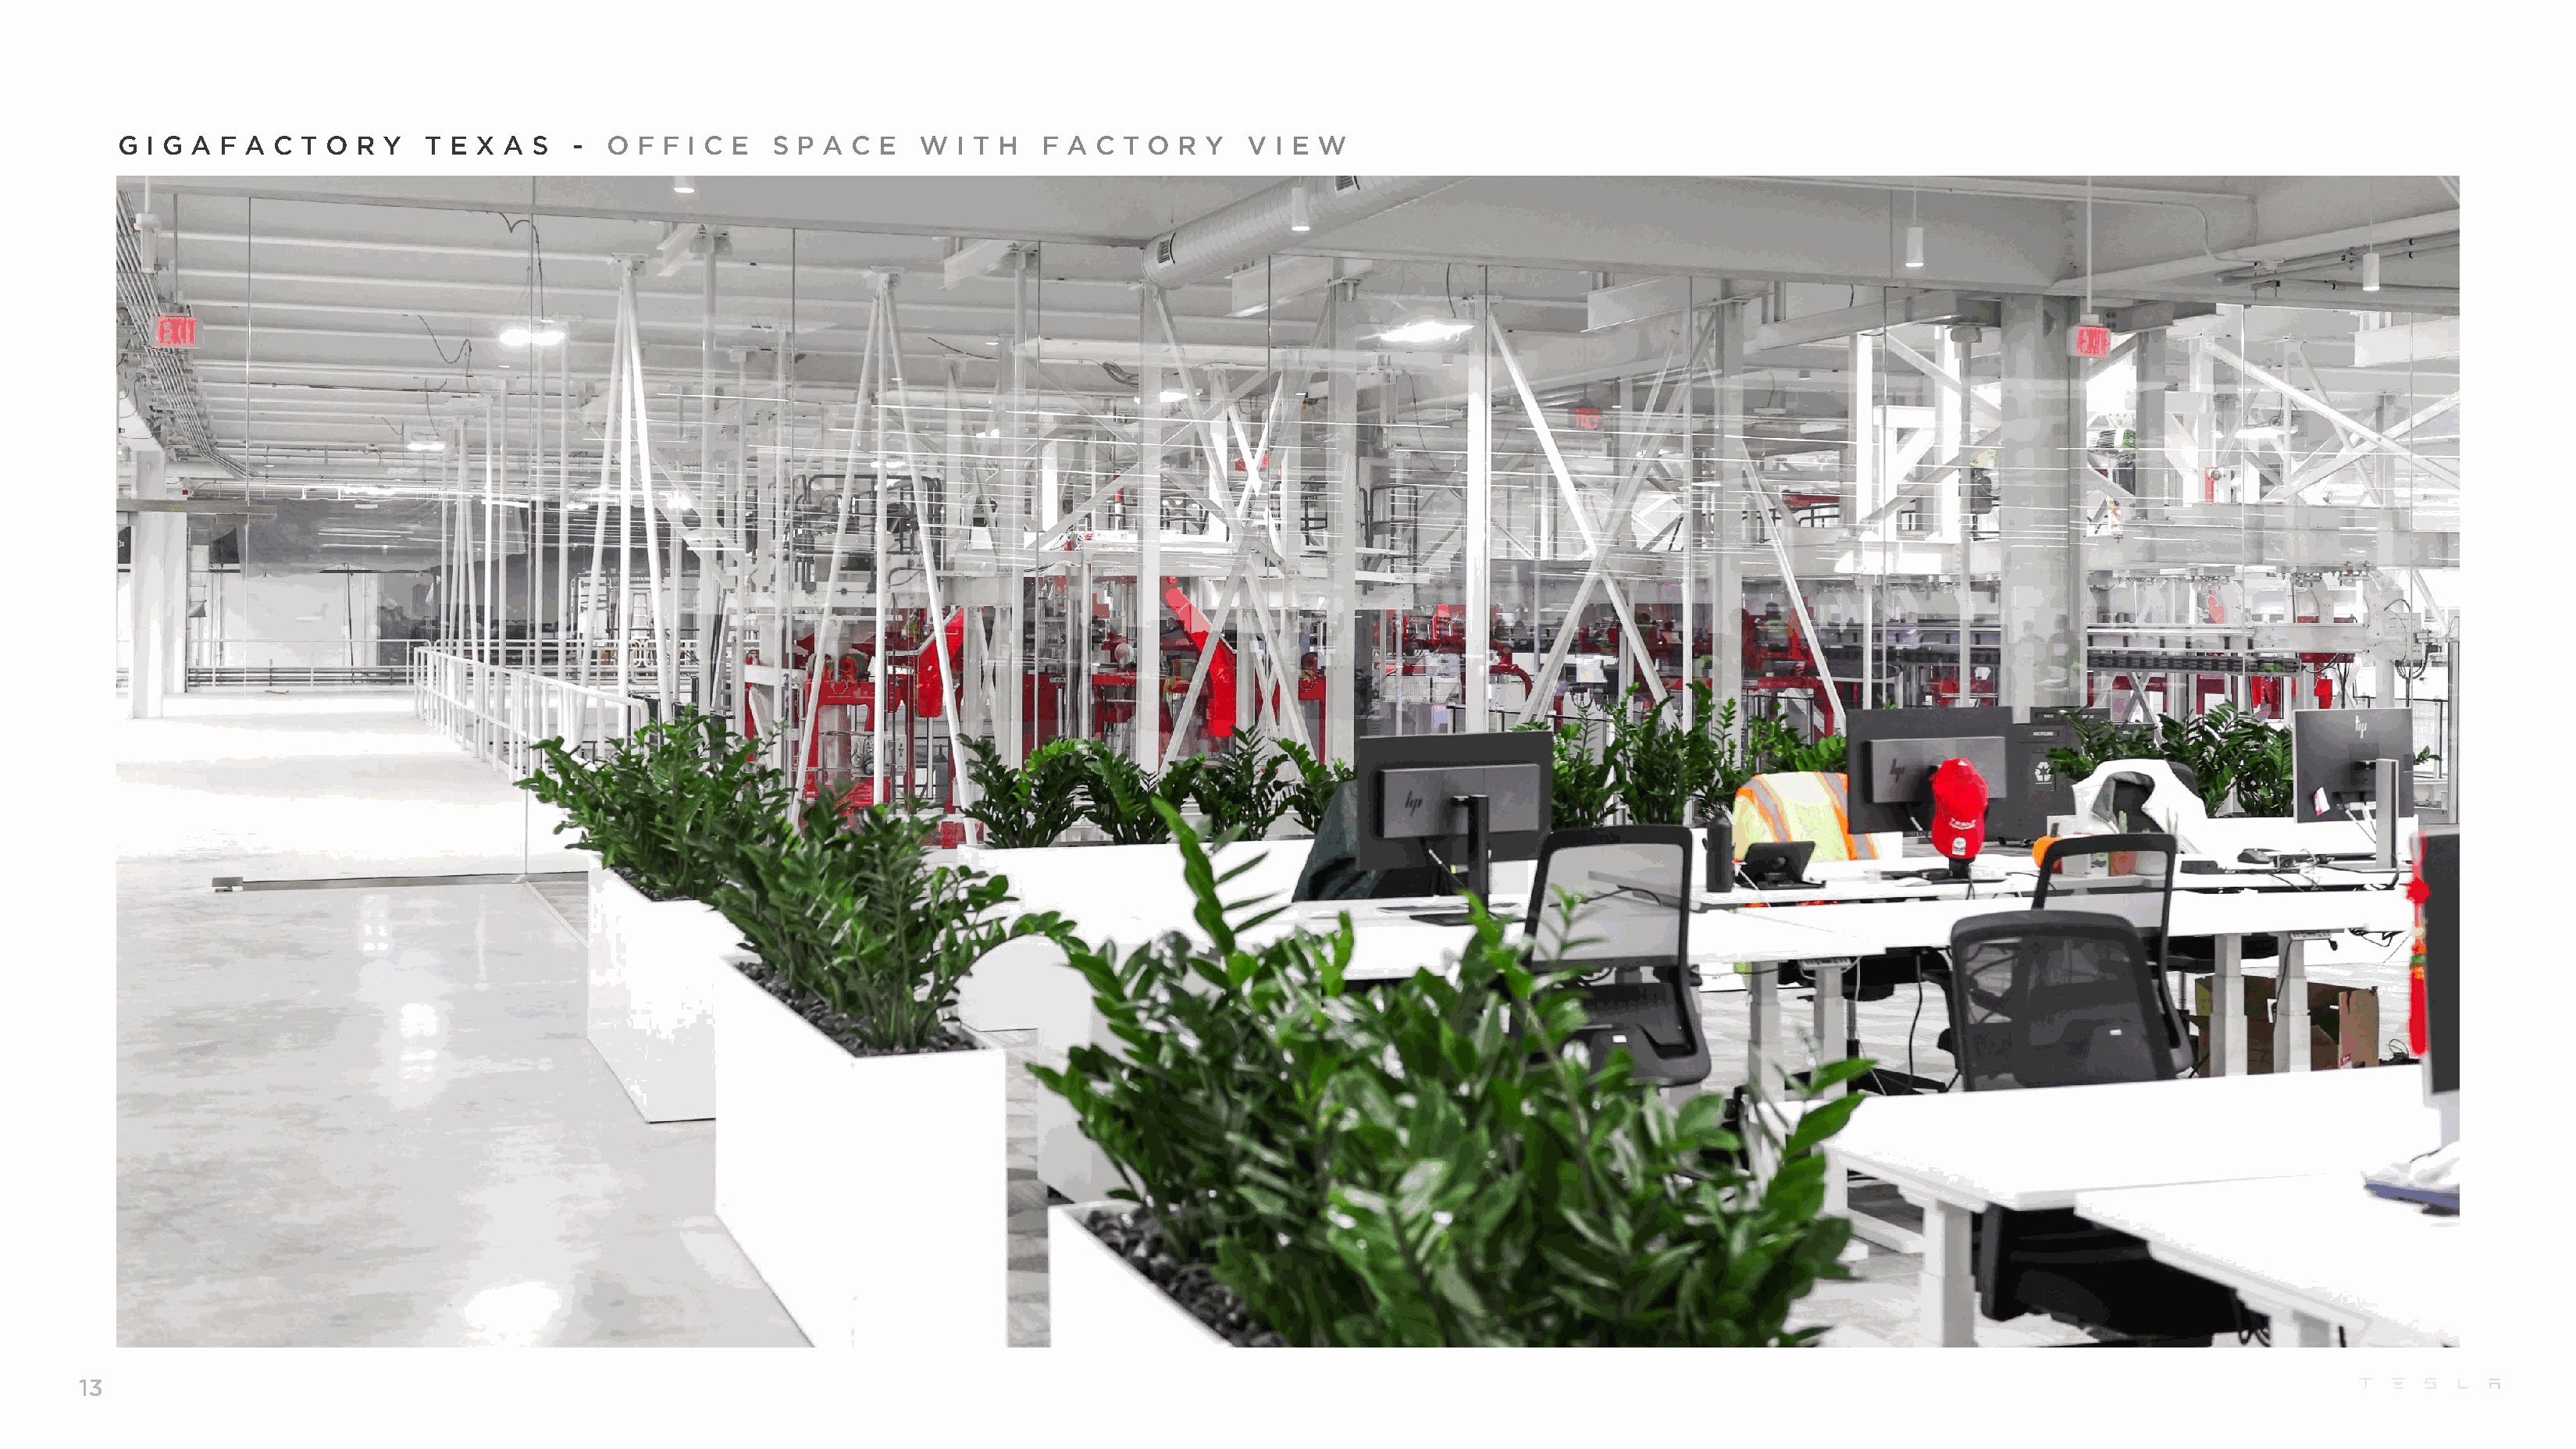
G I G A  F A C  T O R Y   T E X  A S   - O  F F I C E  S  P A C E   W  I T H  F A  C T O  R Y   V I E W
 13